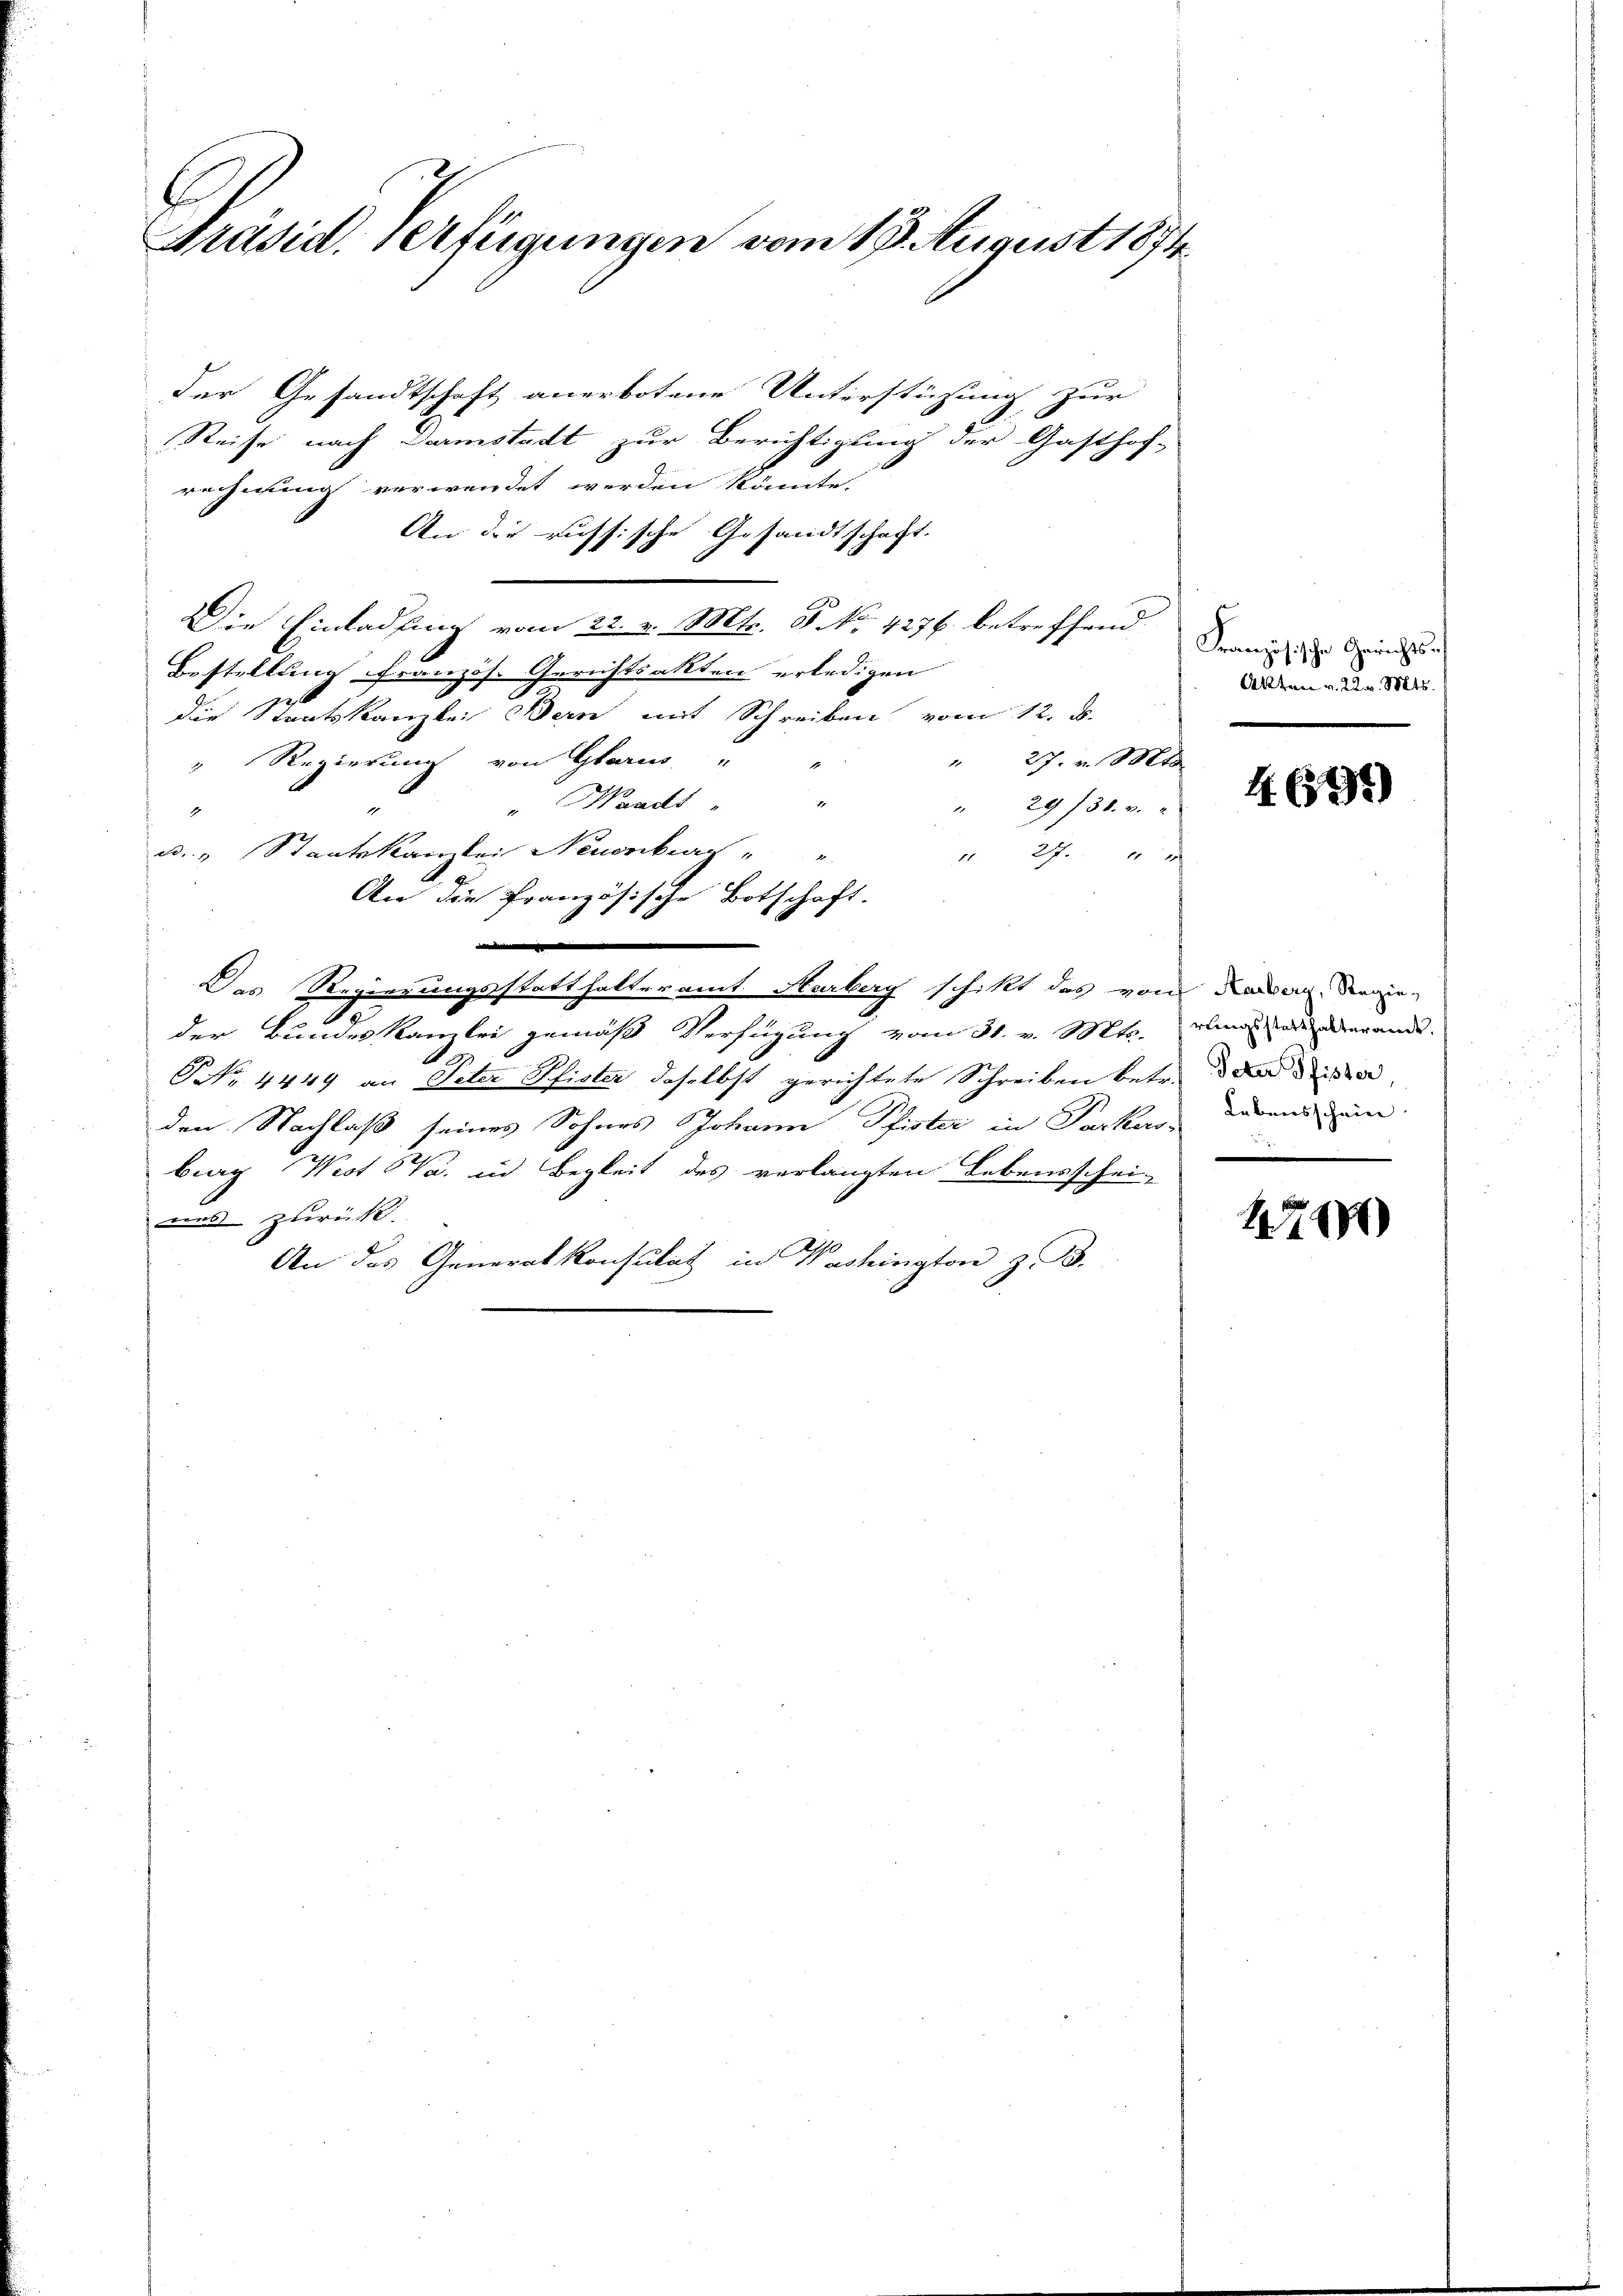
6
Präsid. Verfügungen vom 19. August 1874.

der Gesandtschaft anerbotene Unterstüzung zur
Reise nach Darmstadt zur Berichtigung der Gasthof-
rechnung verwendet werden könnte.
An die russische Gesandtschaft.
Die Einladung vom 22. v. Mts. 5 No 1274 betreffend ein eine
Bestellung französ. Gerichtsakten erledigen
die Staatskanzlei Bern mit Schreiben vom 12. d.
" Regierung von Glarus "
" 27. v. Mts.
" Waadt " "
" 29 f 30. v.
.
a. " Staatskanzlei Neuenburg
 24 x
d
An die französische Botschaft.
e
Das Regierungsstatthalteramt Aarbey schikt das von Kamer derger¬
.
der Bundeskanzlei gemäß Verfügung vom 31. v. Mts.
G NNo. 4449 an Peter Pfister daselbst gerichtete Schreiben betr. da diese
den Nachlaß seines Sohnes Johann Pfister in Parkusz lebens un
burg West (Va. in Begleit des verlangten Lebensschei-
ven zurück.
An das Generalkonsulat in Washington z. B.

Akten v. 22. v. Mts.

4 (895)

rungsstatthalteramt.

17200